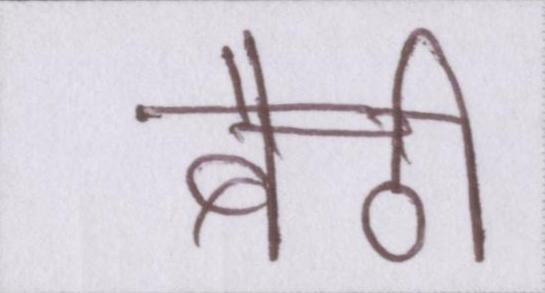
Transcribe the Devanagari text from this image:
बैठी